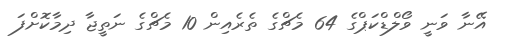
އޭނާ ވަނީ ވޯލްޑްކަޕްގެ 64 މެޗްގެ ތެރެއިން 10 މެޗްގެ ނަތީޖާ ދިމާކޮށްފަ